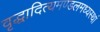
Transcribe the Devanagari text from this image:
वृद्धादित्यमण्डलमध्यस्थां